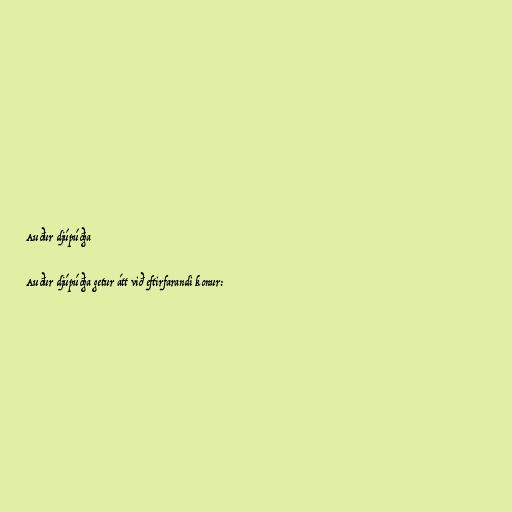
Auður djúpúðga

Auður djúpúðga getur átt við eftirfarandi konur: